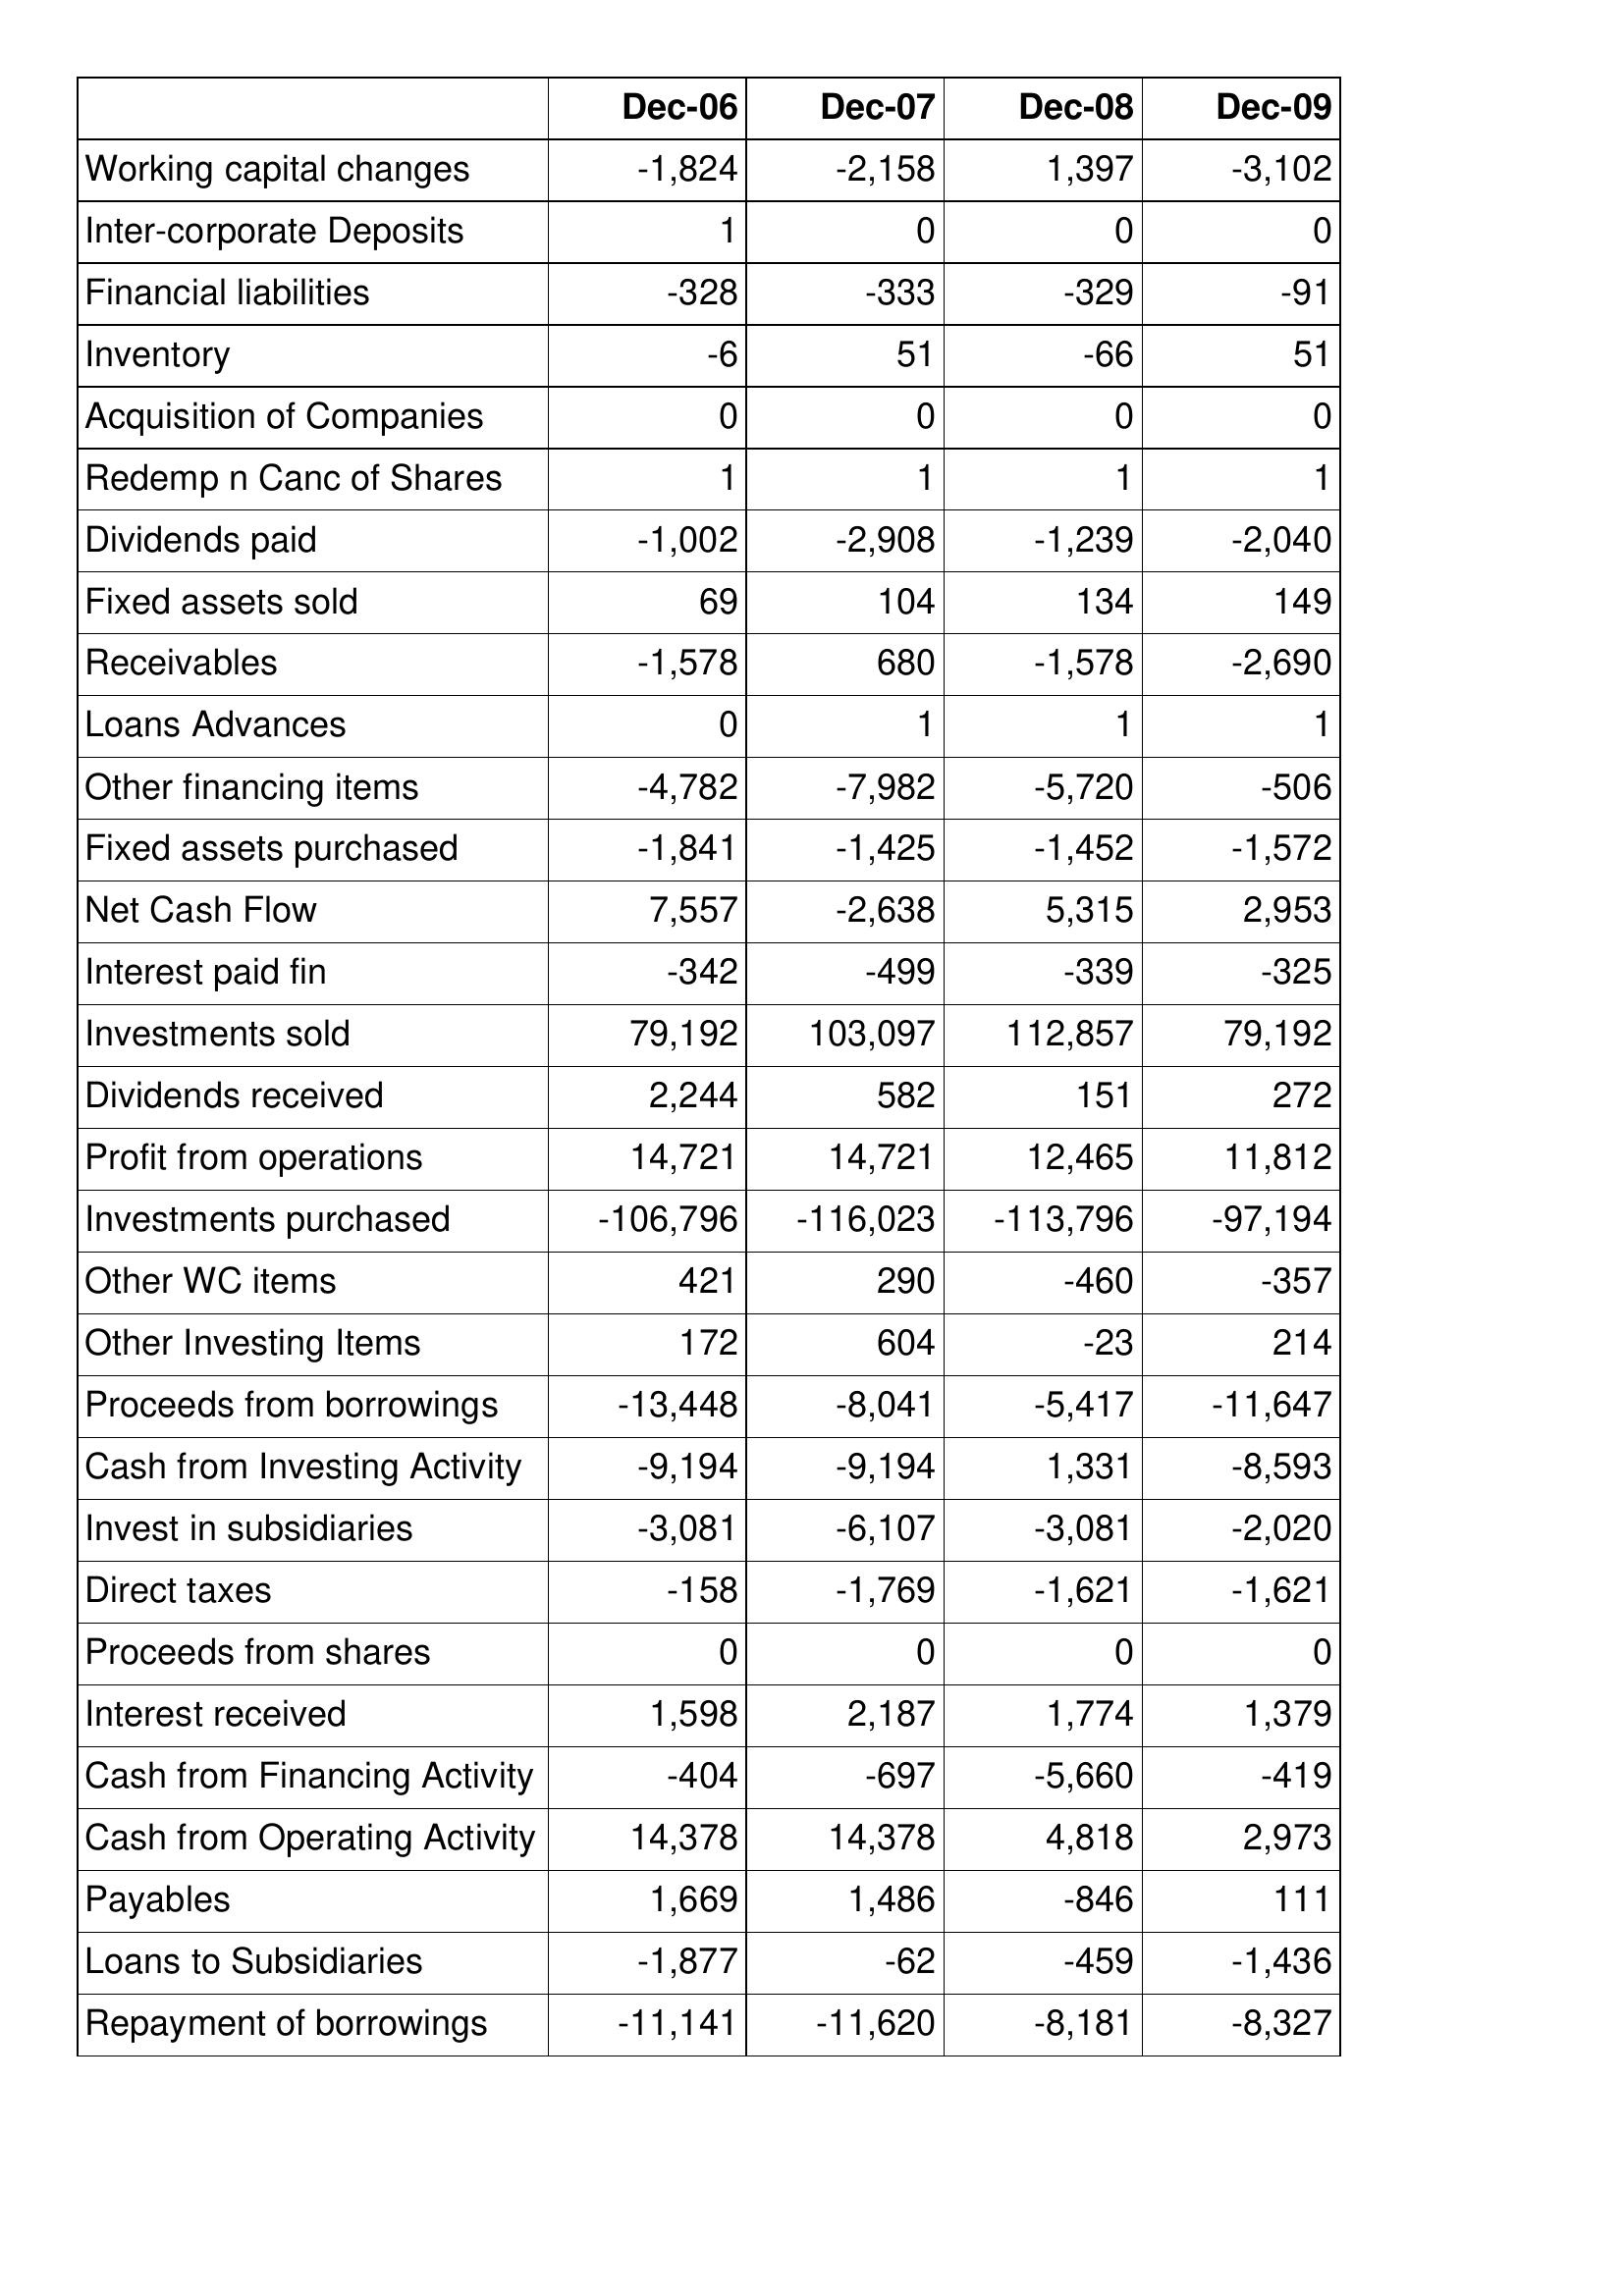
Dec-06: Cash Flows: Working capital changes: -1,824
Inter-corporate Deposits: 1
Financial liabilities: -328
Inventory: -6
Acquisition of Companies: 0
Redemp n Canc of Shares: 1
Dividends paid: -1,002
Fixed assets sold: 69
Receivables: -1,578
Loans Advances: 0
Other financing items: -4,782
Fixed assets purchased: -1,841
Net Cash Flow: 7,557
Interest paid fin: -342
Investments sold: 79,192
Dividends received: 2,244
Profit from operations: 14,721
Investments purchased: -106,796
Other WC items: 421
Other Investing Items: 172
Proceeds from borrowings: -13,448
Cash from Investing Activity: -9,194
Invest in subsidiaries: -3,081
Direct taxes: -158
Proceeds from shares: 0
Interest received: 1,598
Cash from Financing Activity: -404
Cash from Operating Activity: 14,378
Payables: 1,669
Loans to Subsidiaries: -1,877
Repayment of borrowings: -11,141
Dec-07: Cash Flows: Working capital changes: -2,158
Inter-corporate Deposits: 0
Financial liabilities: -333
Inventory: 51
Acquisition of Companies: 0
Redemp n Canc of Shares: 1
Dividends paid: -2,908
Fixed assets sold: 104
Receivables: 680
Loans Advances: 1
Other financing items: -7,982
Fixed assets purchased: -1,425
Net Cash Flow: -2,638
Interest paid fin: -499
Investments sold: 103,097
Dividends received: 582
Profit from operations: 14,721
Investments purchased: -116,023
Other WC items: 290
Other Investing Items: 604
Proceeds from borrowings: -8,041
Cash from Investing Activity: -9,194
Invest in subsidiaries: -6,107
Direct taxes: -1,769
Proceeds from shares: 0
Interest received: 2,187
Cash from Financing Activity: -697
Cash from Operating Activity: 14,378
Payables: 1,486
Loans to Subsidiaries: -62
Repayment of borrowings: -11,620
Dec-08: Cash Flows: Working capital changes: 1,397
Inter-corporate Deposits: 0
Financial liabilities: -329
Inventory: -66
Acquisition of Companies: 0
Redemp n Canc of Shares: 1
Dividends paid: -1,239
Fixed assets sold: 134
Receivables: -1,578
Loans Advances: 1
Other financing items: -5,720
Fixed assets purchased: -1,452
Net Cash Flow: 5,315
Interest paid fin: -339
Investments sold: 112,857
Dividends received: 151
Profit from operations: 12,465
Investments purchased: -113,796
Other WC items: -460
Other Investing Items: -23
Proceeds from borrowings: -5,417
Cash from Investing Activity: 1,331
Invest in subsidiaries: -3,081
Direct taxes: -1,621
Proceeds from shares: 0
Interest received: 1,774
Cash from Financing Activity: -5,660
Cash from Operating Activity: 4,818
Payables: -846
Loans to Subsidiaries: -459
Repayment of borrowings: -8,181
Dec-09: Cash Flows: Working capital changes: -3,102
Inter-corporate Deposits: 0
Financial liabilities: -91
Inventory: 51
Acquisition of Companies: 0
Redemp n Canc of Shares: 1
Dividends paid: -2,040
Fixed assets sold: 149
Receivables: -2,690
Loans Advances: 1
Other financing items: -506
Fixed assets purchased: -1,572
Net Cash Flow: 2,953
Interest paid fin: -325
Investments sold: 79,192
Dividends received: 272
Profit from operations: 11,812
Investments purchased: -97,194
Other WC items: -357
Other Investing Items: 214
Proceeds from borrowings: -11,647
Cash from Investing Activity: -8,593
Invest in subsidiaries: -2,020
Direct taxes: -1,621
Proceeds from shares: 0
Interest received: 1,379
Cash from Financing Activity: -419
Cash from Operating Activity: 2,973
Payables: 111
Loans to Subsidiaries: -1,436
Repayment of borrowings: -8,327